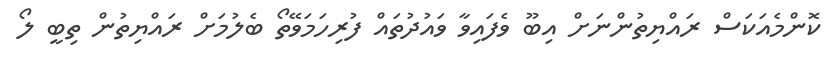
ކޮންމެއަކަސް ރައްޔިތުންނަށް އިބޫ ވެފައިވާ ވައުދުތައް ފުރިހަމަވޭތޯ ބެލުމަށް ރައްޔިތުން ތިބީ ލޯ